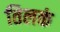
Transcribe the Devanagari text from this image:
तिलकं